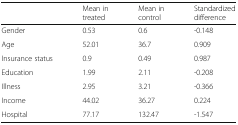
|  | Mean in treated | Mean in control | Standardized difference |
 | --- | --- | --- | --- |
 | Gender | 0.53 | 0.6 | -0.148 |
 | Age | 52.01 | 36.7 | 0.909 |
 | Insurance status | 0.9 | 0.49 | 0.987 |
 | Education | 1.99 | 2.11 | -0.208 |
 | Illness | 2.95 | 3.21 | -0.366 |
 | Income | 44.02 | 36.27 | 0.224 |
 | Hospital | 77.17 | 132.47 | -1.547 |